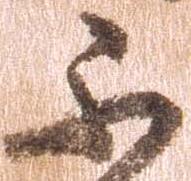
不